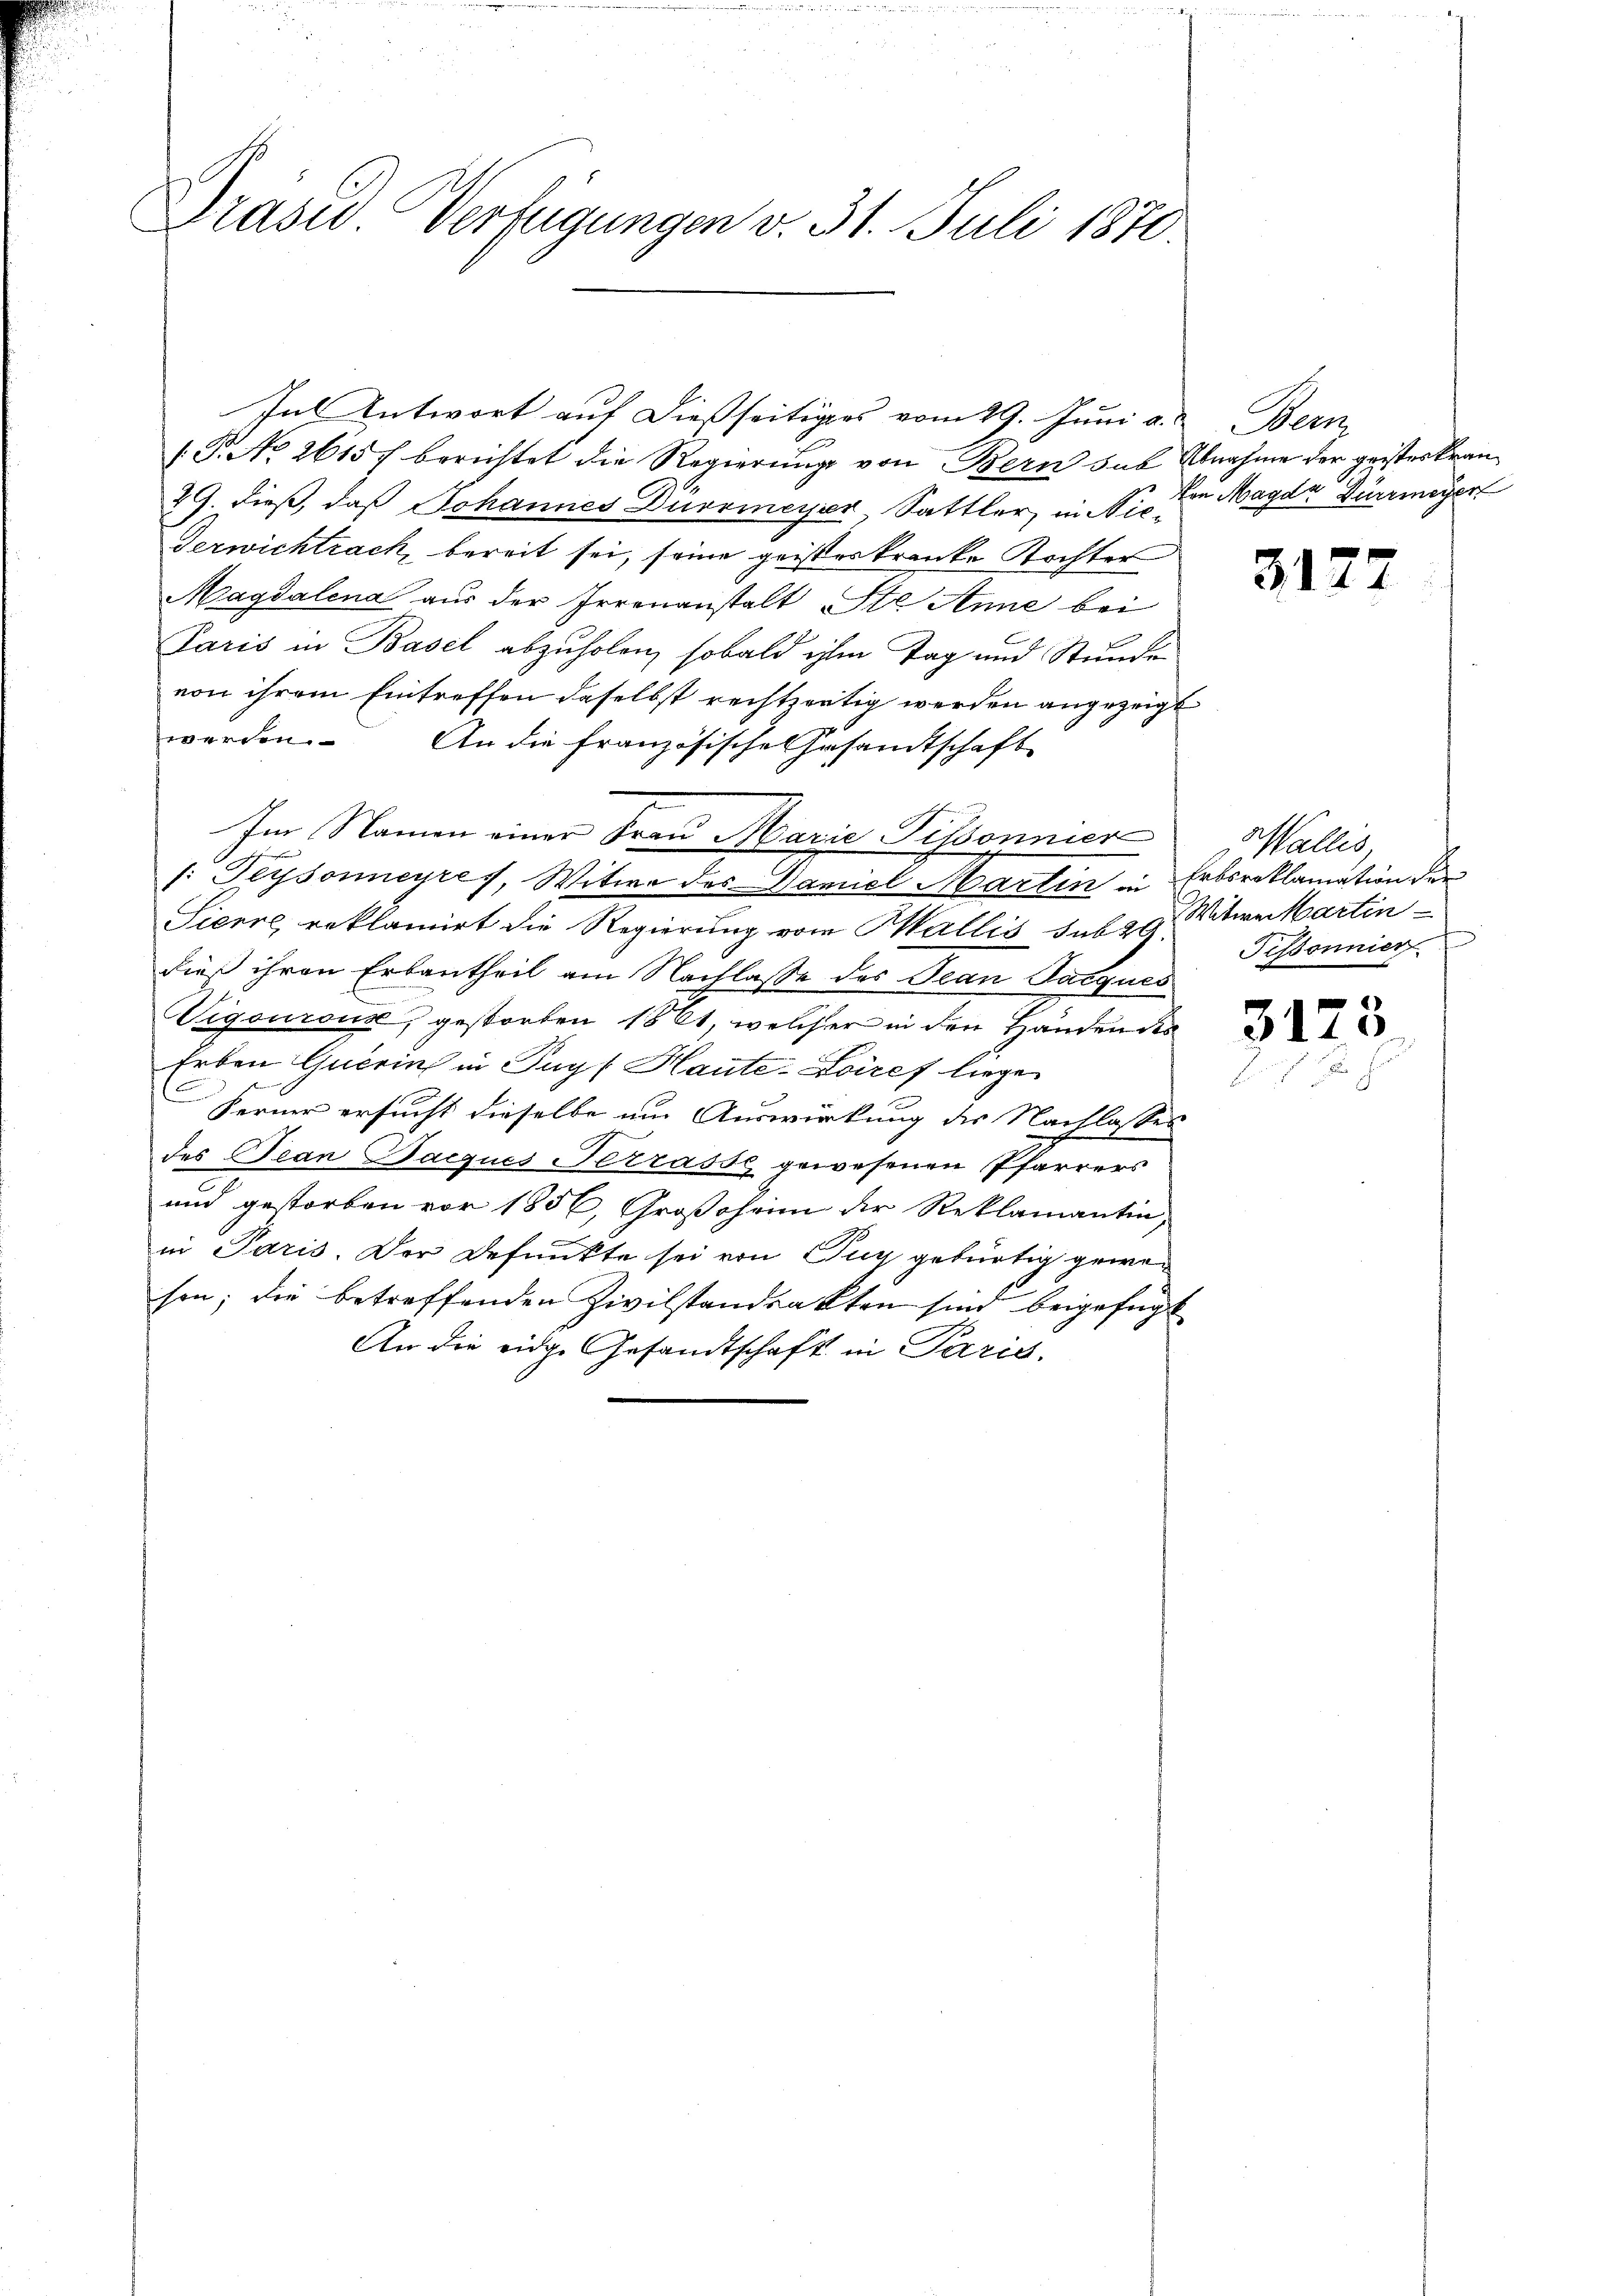
Prasus Verfügungen v. 31. Juli 1870.

E
V. P. No 2615 f berichtet die Regierung von Bern sub Abnahme der geisteskran¬
29. dieß, daß Johannes Dürrineyer, Sattler, in Nr. Von Magda Dürrmeyer
Verwichtrach, bereit sei, seine geisteskranke Tochter
Magdalena aus der Irrenanstalt Ste Anne bei
Paris in Basel abzuholen, sobald ihm Tag und Stunde
von ihrem Eintreffen daselbst rechtzeitig werden angezeigt
werden.
An die französische Gesamtschaft
Im Namen einer Frau Marie Pissonnier
e
s: Teysonneyres, Witwe des Daniel Martin in Erbsroklamation der
Sicere, reklamirt die Regierung von Wallis sub 29. Witwe Martin
dies ihren Erbantheil am Nachlasse des Jean Parques
Vigouron, gestorten 1861, welcher in den Händendes
Erben Guerin in Pays Haute-Loires liege
Ferner ersucht dieselbe um Auswirkung des Nachlasses
des Jean Pacques Terrasse gewesenen Pfarrers
und gestorben vor 1856, Großoheim der Reklamantin,
in Paris. Der Befunkte sei von Zug gebürtig geweson; die betreffenden Zivilstandsakten sind beigefügt
An die eidge Gesandtschaft in Paris.

In Antwort auf dießseitiges vom 29. Juni a. Bern,

317

Wallis,
Tissonnier

317

3.